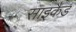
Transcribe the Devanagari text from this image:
साइकैड